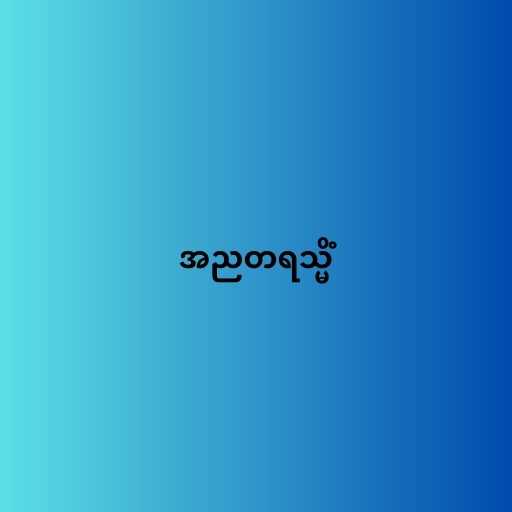
အညတရသ္မိံ